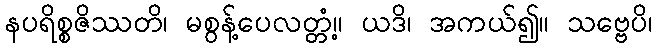
နပရိစ္စဇိဿတိ၊ မစွန့်ပေလတ္တံ့။ ယဒိ၊ အကယ်၍။ သဗ္ဗေပိ၊